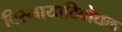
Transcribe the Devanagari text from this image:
विस्मायादिबोधक